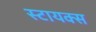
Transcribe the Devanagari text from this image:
स्टायक्स